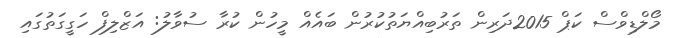
މޯލްޑިވްސް ކަޕް 2015ދަރިން ތަރުބިއްޔަތުކުރުން ބައެއް މީހުން ކުރާ ސުވާލު: އަޒްލިފް ހަގީގަތުގައި